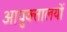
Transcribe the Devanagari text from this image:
आयुक्‍तालयों